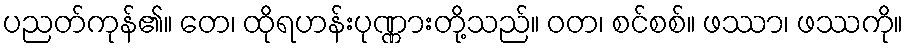
ပညတ်ကုန်၏။ တေ၊ ထိုရဟန်းပုဏ္ဏားတို့သည်။ ဝတ၊ စင်စစ်။ ဖဿာ၊ ဖဿကို။